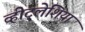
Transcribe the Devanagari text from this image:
व्हीट्लेशिया